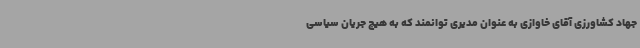
جهاد کشاورزی آقای خاوازی به عنوان مدیری توانمند که به هیچ جریان سیاسی